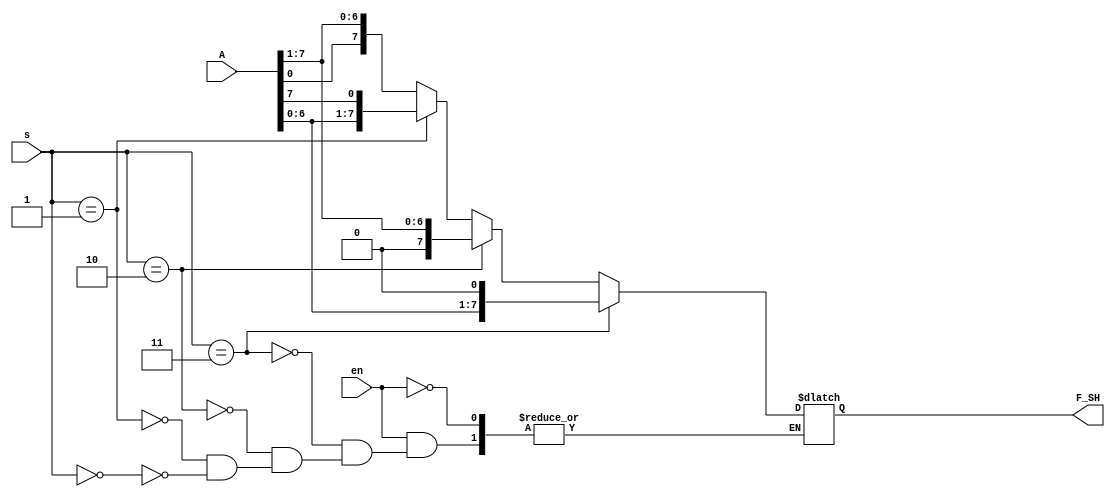
module SHIFT(
input  en,input [1:0] s,input[7:0]A,
output reg [7:0]F_SH
);

always @(*)
begin
if(en == 1'b1)begin
if(s[1:0] == 2'b00)
	begin
	F_SH <= {A[0],A[7:1]};
	end
	//left rotate
	if(s[1:0] == 2'b01)
	begin
	F_SH <= {A[6:0],A[7]};
	end
	//right shift
	if(s[1:0] == 2'b10)
	begin
	F_SH <=  A>>1;
	end
	//left shift
	if(s[1:0] == 2'b11)
	begin
	F_SH <=  A<<1;
	end

end
end
endmodule